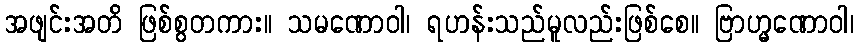
အဖျင်းအတိ ဖြစ်စွတကား။ သမဏောဝါ၊ ရဟန်းသည်မူလည်းဖြစ်စေ။ ဗြာဟ္မဏောဝါ၊